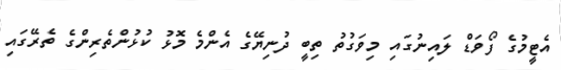
އެޓީމުގެ ފޯވަޑް ލައިނުގައި މިވަގުތު ތިބީ ދުނިޔޭގެ އެންމެ މޮޅު ކުޅުންތެރިންގެ ތެރޭގައި